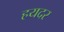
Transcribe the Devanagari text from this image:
हयदर